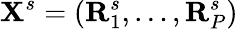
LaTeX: \mathbf X^{s}=(\mathbf R_{1}^{s},\ldots,\mathbf R_{P}^{s})